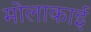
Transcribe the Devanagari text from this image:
मोलाकाई